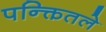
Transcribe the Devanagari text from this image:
पन्क्तितले